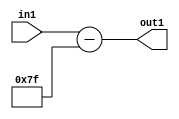
`timescale 1ps / 1ps
/*****************************************************************************
    Verilog RTL Description
    
    
    Created by: CellMath Designer 2019.1.01 
*******************************************************************************/

module float2fix_Subi127u8_4 (
	in1,
	out1
	); /* architecture "behavioural" */ 
input [7:0] in1;
output [7:0] out1;
wire [7:0] asc001;

assign asc001 = 
	+(in1)
	-(8'B01111111);

assign out1 = asc001;
endmodule

/* CADENCE  urn2SAs= : u9/ySgnWtBlWxVPRXgAZ4Og= ** DO NOT EDIT THIS LINE ******/